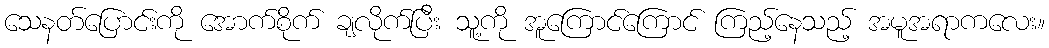
သေနတ်ပြောင်းကို အောက်စိုက် ချလိုက်ပြီး သူ့ကို အူကြောင်ကြောင် ကြည့်နေသည့် အမူအရာကလေး။